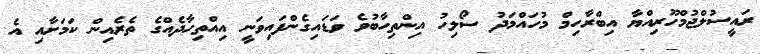
ރައީސުލްޖުމްހޫރިއްޔާ އިބްރާހިމް މުހައްމަދު ސޯލިހު އިންތިހާބުވެ ވަޑައިގެންފައިވަނީ އިއްތިހާދެއްގެ ތެރެއިން ކަމަށާއި އެ